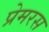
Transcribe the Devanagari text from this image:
प्रेमरस